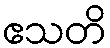
ဧသတိ